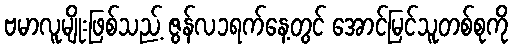
ဗမာလူမျိုးဖြစ်သည့် ဇွန်လ၁ရက်နေ့တွင် အောင်မြင်သူတစ်စုကို